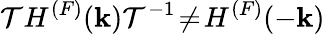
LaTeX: {\cal T}H^{(F)}({\mathbf k}){\cal T}^{-1}\! \neq\! H^{(F)}(-{\mathbf k})